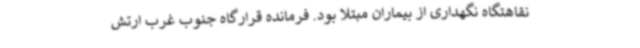
نقاهتگاه نگهداری از بیماران مبتلا بود. فرمانده قرارگاه جنوب غرب ارتش